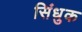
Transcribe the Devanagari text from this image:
सिंधुक